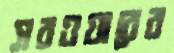
সরওয়ারের